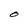
Character: O